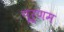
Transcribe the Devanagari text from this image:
पूर्णम